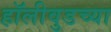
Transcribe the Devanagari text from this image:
हॉलीवुडच्या